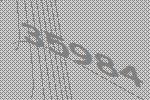
35984